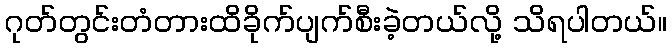
ဂုတ်တွင်းတံတားထိခိုက်ပျက်စီးခဲ့တယ်လို့ သိရပါတယ်။